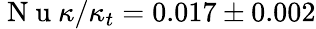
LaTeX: \mathrm{~N~u~}\kappa/\kappa_{t}=0.017\pm 0.002